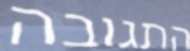
התגובה